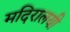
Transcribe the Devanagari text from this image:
मदिरालयी